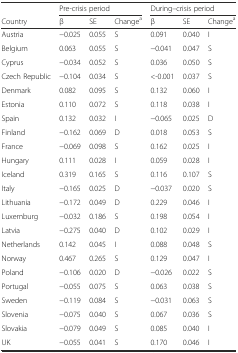
|  | <COLSPAN=3> Pre-crisis period | <COLSPAN=3> During–crisis period |
 | Country | β | SE | Changea | β | SE | Changea |
 | --- | --- | --- | --- | --- | --- | --- |
 | Austria | −0.025 | 0.055 | S | 0.091 | 0.040 | I |
 | Belgium | 0.063 | 0.055 | S | −0.041 | 0.047 | S |
 | Cyprus | −0.034 | 0.052 | S | 0.036 | 0.050 | S |
 | Czech Republic | −0.104 | 0.034 | S | <-0.001 | 0.037 | S |
 | Denmark | 0.082 | 0.095 | S | 0.132 | 0.060 | I |
 | Estonia | 0.110 | 0.072 | S | 0.118 | 0.038 | I |
 | Spain | 0.132 | 0.032 | I | −0.065 | 0.025 | D |
 | Finland | −0.162 | 0.069 | D | 0.018 | 0.053 | S |
 | France | −0.069 | 0.098 | S | 0.162 | 0.025 | I |
 | Hungary | 0.111 | 0.028 | I | 0.059 | 0.028 | I |
 | Iceland | 0.319 | 0.165 | S | 0.116 | 0.107 | S |
 | Italy | −0.165 | 0.025 | D | −0.037 | 0.020 | S |
 | Lithuania | −0.172 | 0.049 | D | 0.229 | 0.046 | I |
 | Luxemburg | −0.032 | 0.186 | S | 0.198 | 0.054 | I |
 | Latvia | −0.275 | 0.040 | D | 0.102 | 0.029 | I |
 | Netherlands | 0.142 | 0.045 | I | 0.088 | 0.048 | S |
 | Norway | 0.467 | 0.265 | S | 0.129 | 0.047 | I |
 | Poland | −0.106 | 0.020 | D | −0.026 | 0.022 | S |
 | Portugal | −0.055 | 0.075 | S | 0.063 | 0.038 | S |
 | Sweden | −0.119 | 0.084 | S | −0.031 | 0.063 | S |
 | Slovenia | −0.075 | 0.040 | S | 0.067 | 0.036 | S |
 | Slovakia | −0.079 | 0.049 | S | 0.085 | 0.040 | I |
 | UK | −0.055 | 0.041 | S | 0.170 | 0.046 | I |